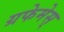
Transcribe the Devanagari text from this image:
ग्रफेमेस्